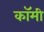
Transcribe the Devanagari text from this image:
कॉमी